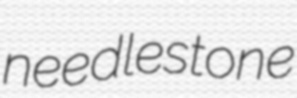
needlestone